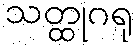
သတ္ထုဂရု